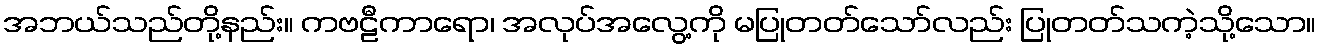
အဘယ်သည်တို့နည်း။ ကဗဠီကာရော၊ အလုပ်အလွေ့ကို မပြုတတ်သော်လည်း ပြုတတ်သကဲ့သို့သော။